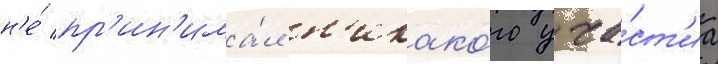
н'е́ пр'ин'има́л н'икако́го уча́ст'иа